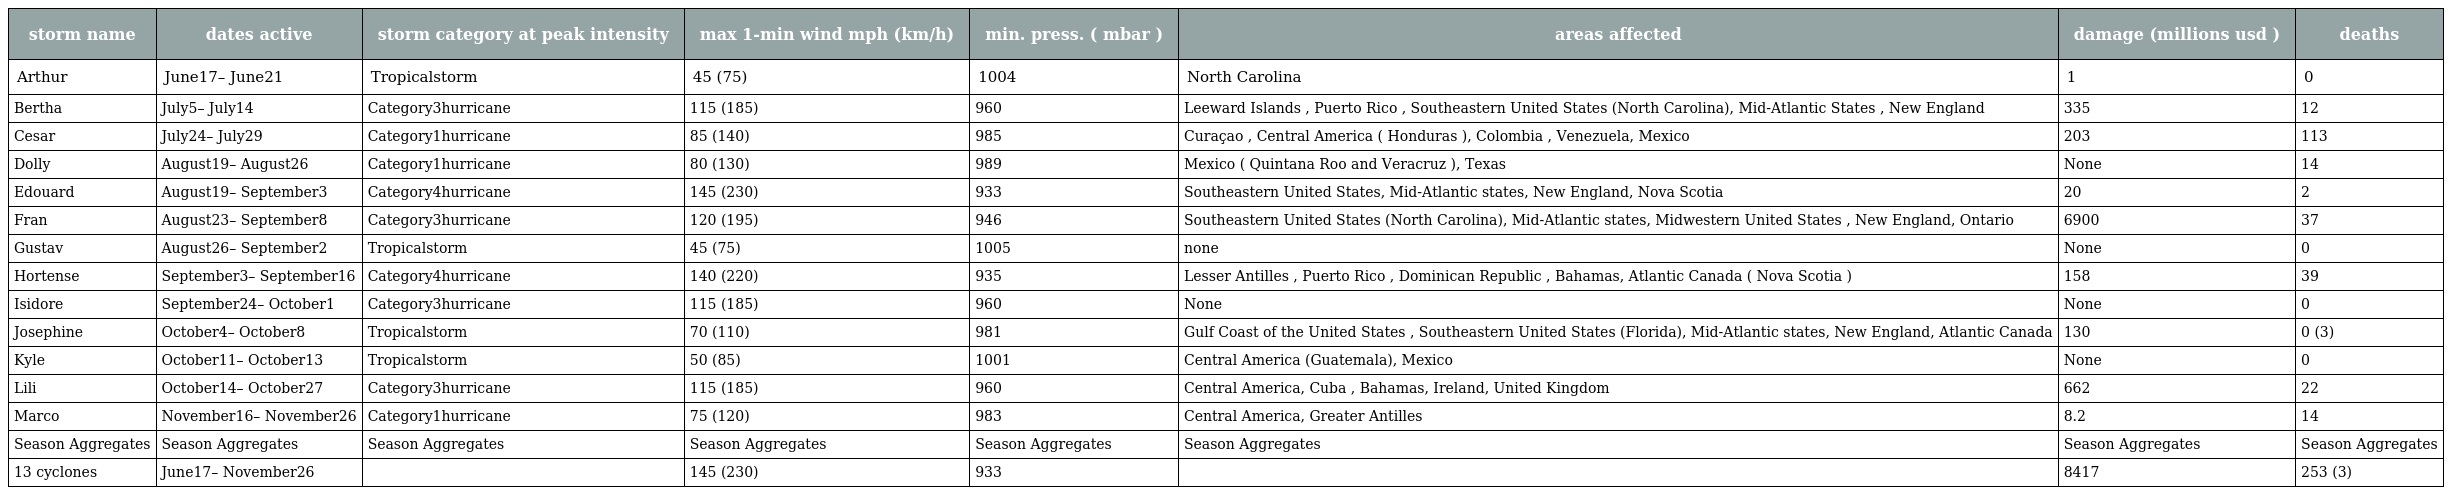
| storm name | dates active | storm category at peak intensity | max 1-min wind mph (km/h) | min. press. ( mbar ) | areas affected | damage (millions usd ) | deaths |
 | --- | --- | --- | --- | --- | --- | --- | --- |
 | Arthur | June17– June21 | Tropicalstorm | 45 (75) | 1004 | North Carolina | 1 | 0 |
 | Bertha | July5– July14 | Category3hurricane | 115 (185) | 960 | Leeward Islands , Puerto Rico , Southeastern United States (North Carolina), Mid-Atlantic States , New England | 335 | 12 |
 | Cesar | July24– July29 | Category1hurricane | 85 (140) | 985 | Curaçao , Central America ( Honduras ), Colombia , Venezuela, Mexico | 203 | 113 |
 | Dolly | August19– August26 | Category1hurricane | 80 (130) | 989 | Mexico ( Quintana Roo and Veracruz ), Texas | None | 14 |
 | Edouard | August19– September3 | Category4hurricane | 145 (230) | 933 | Southeastern United States, Mid-Atlantic states, New England, Nova Scotia | 20 | 2 |
 | Fran | August23– September8 | Category3hurricane | 120 (195) | 946 | Southeastern United States (North Carolina), Mid-Atlantic states, Midwestern United States , New England, Ontario | 6900 | 37 |
 | Gustav | August26– September2 | Tropicalstorm | 45 (75) | 1005 | none | None | 0 |
 | Hortense | September3– September16 | Category4hurricane | 140 (220) | 935 | Lesser Antilles , Puerto Rico , Dominican Republic , Bahamas, Atlantic Canada ( Nova Scotia ) | 158 | 39 |
 | Isidore | September24– October1 | Category3hurricane | 115 (185) | 960 | None | None | 0 |
 | Josephine | October4– October8 | Tropicalstorm | 70 (110) | 981 | Gulf Coast of the United States , Southeastern United States (Florida), Mid-Atlantic states, New England, Atlantic Canada | 130 | 0 (3) |
 | Kyle | October11– October13 | Tropicalstorm | 50 (85) | 1001 | Central America (Guatemala), Mexico | None | 0 |
 | Lili | October14– October27 | Category3hurricane | 115 (185) | 960 | Central America, Cuba , Bahamas, Ireland, United Kingdom | 662 | 22 |
 | Marco | November16– November26 | Category1hurricane | 75 (120) | 983 | Central America, Greater Antilles | 8.2 | 14 |
 | Season Aggregates | Season Aggregates | Season Aggregates | Season Aggregates | Season Aggregates | Season Aggregates | Season Aggregates | Season Aggregates |
 | 13 cyclones | June17– November26 |  | 145 (230) | 933 |  | 8417 | 253 (3) |